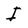
Character: I